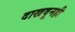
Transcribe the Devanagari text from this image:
दाखवूनही